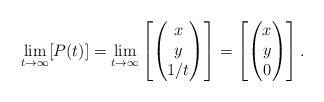
LaTeX: \begin{align*} \lim_{t \rightarrow \infty} [P(t)]= \lim_{t \rightarrow \infty} \left[\begin{pmatrix} x \\ y \\ 1/t\end{pmatrix} \right] = \left[\begin{pmatrix} x \\ y \\ 0\end{pmatrix} \right]. \end{align*}